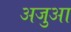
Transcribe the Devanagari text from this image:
अजुआ